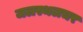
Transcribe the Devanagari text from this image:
जलस्थलचर